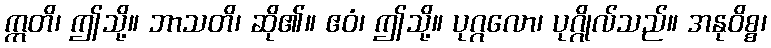
ဣတိ၊ ဤသို့။ ဘာသတိ၊ ဆို၏။ ဧဝံ၊ ဤသို့။ ပုဂ္ဂလော၊ ပုဂ္ဂိုလ်သည်။ အနုဝိစ္စ၊